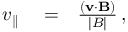
\begin{array} { r l r } { v _ { \parallel } } & { { } = } & { \frac { ( \mathbf { v } \cdot \mathbf { B } ) } { | B | } \, , } \end{array}